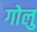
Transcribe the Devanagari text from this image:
गोलु